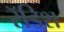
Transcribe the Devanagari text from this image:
रॅडिश